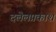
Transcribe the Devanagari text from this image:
दलेलप्रकाश